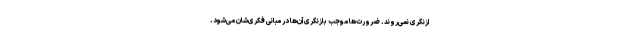
ازنگری نمی‌روند. ضرورت‌ها موجب بازنگری آن‌ها در مبانی فکری‌شان می‌شود.